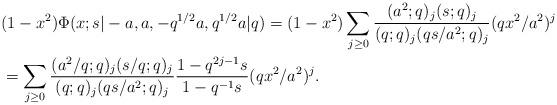
LaTeX: \begin{align*}&(1-x^2) \Phi(x;s|-a,a,-q^{1/2}a,q^{1/2}a|q)=(1-x^2)\sum_{j\geq 0}{(a^2;q)_j (s;q)_j\over (q;q)_j (qs/a^2;q)_j} (qx^2/a^2)^j \\&=\sum_{j\geq 0}{(a^2/q;q)_j (s/q;q)_j\over (q;q)_j (qs/a^2;q)_j}{1-q^{2j-1}s\over 1-q^{-1}s} (qx^2/a^2)^j.\end{align*}